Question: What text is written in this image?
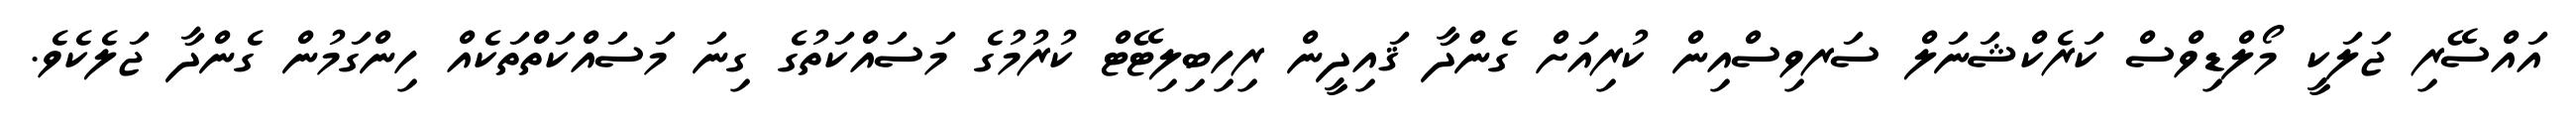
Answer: އައްސޭރި ޖަލަކީ މޯލްޑިވްސް ކަރެކްޝަނަލް ސަރވިސްއިން ކުރިއަށް ގެންދާ ޤައިދީން ރިހިބިލިޓޭޓް ކުރުމުގެ މަސައްކަތުގެ ގިނަ މަސައްކަތްތަކެއް ހިންގަމުން ގެންދާ ޖަލެކެވެ.